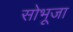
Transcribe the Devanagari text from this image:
सोभूजा